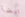
ايضآ